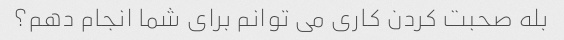
بله صحبت کردن کاری می توانم برای شما انجام دهم؟